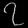
Digit: ၇